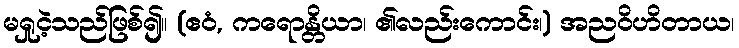
မရှုငဲ့သည်ဖြစ်၍။ (ဧဝံ, ကရောန္တိယာ၊ ၏လည်းကောင်း၊) အညဝိဟိတာယ၊